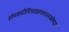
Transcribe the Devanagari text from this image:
शांभवमरीचिचयप्रणश्यत्संकोचहार्द